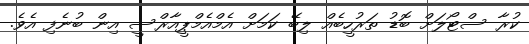
ކުރާ ސްޓޯލަށް ބޮޑު ތަރުހީބެއް ލިބޭ ކަމަށް އެމްއެމްޕީއާރްސީ އިން ބުނެފި އެވެ.